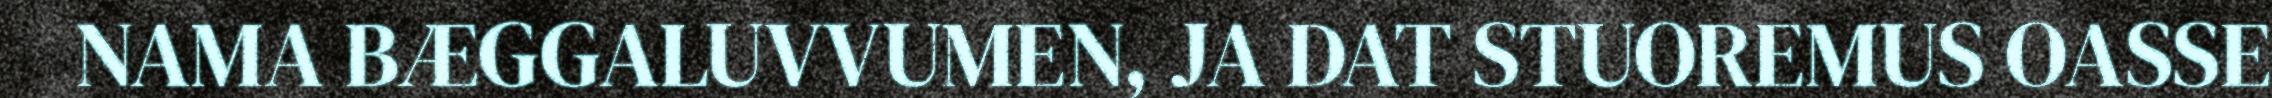
NAMA BÆGGALUVVUMEN, JA DAT STUOREMUS OASSE